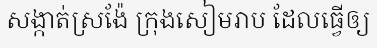
សង្កាត់ស្រង៉ែ ក្រុងសៀមរាប ដែលធ្វើឲ្យ